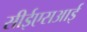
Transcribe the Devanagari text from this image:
सीईएसआई